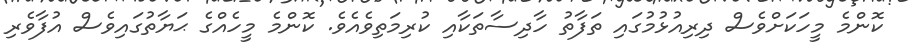
ކޮންމެ މީހަކަށްވެސް ދިރިއުޅުމުގައި ތަފާތު ހާދިސާތަކާއި ކުރިމަތިވެއެވެ. ކޮންމެ މީހެއްގެ ޙަޔާތުގައިވެސް އުފާވެރި